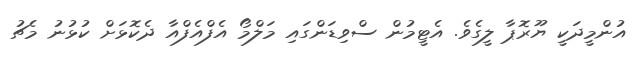
އުންމީދަކީ ޔޫރޮޕާ ލީގެވެ. އެޓީމުން ސްވިޑަންގައި މަލްމޯ އެފްއެފްއާ ދެކޮޅަށް ކުޅުނު މެޗު